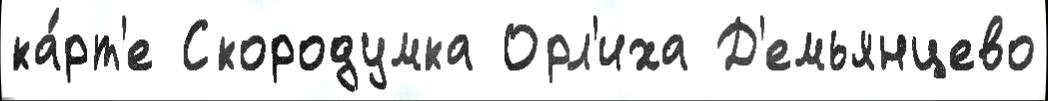
ка́рт'е Скородумка Орл'иха Д'емьянцево